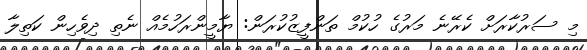
މި ސަރުކާރަށް ކެރޭނެ މަރުގެ ހުކުމް ތަންފީޒުކުރަން: ޔާމީންރަހުމެއް ނެތި ދިވެހިން ކަތިލާ